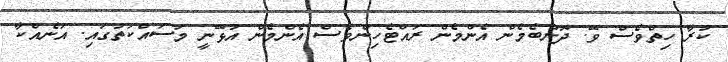
ކުރާ ހިތްވެސް ވޭ. ދޮންބެމެން އެންމެން ރައްޓެހިންވެސް އެންމެން އުޅޭނީ މަސައްކަތުގައި. އަނެއްކާ